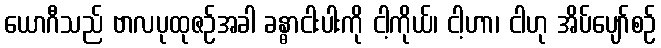
ယောဂီသည် ဗာလပုထုဇဉ်အခါ ခန္ဓာငါးပါးကို ငါ့ကိုယ်၊ ငါ့ဟာ၊ ငါဟု အိပ်ပျော်စဉ်